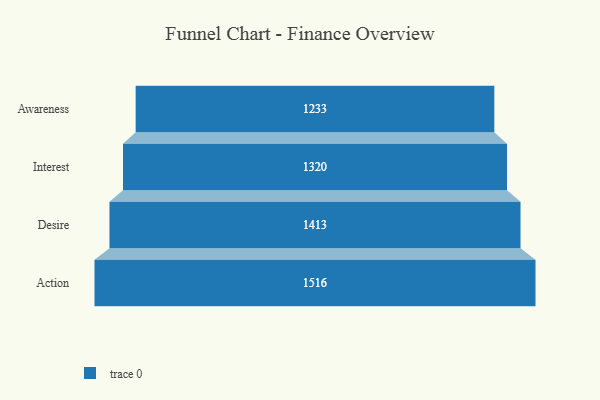
{"axis": {"x": "Stage", "y": "Value"}, "legend": [""], "data": [{"x": "Awareness", "y": 1233.0, "type": ""}, {"x": "Interest", "y": 1320.0, "type": ""}, {"x": "Desire", "y": 1413.0, "type": ""}, {"x": "Action", "y": 1516.0, "type": ""}]}